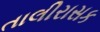
તાલીરાસક